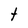
Character: t